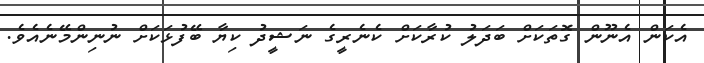
އެކަން އެނޫން ގޮތަކަށް ބަދަލު ކުރާކަށް ކެނެރީގެ ނަޝީދު ކިޔާ ބޭފުޅަކަށް ނުނިންމޭނެއެވެ.